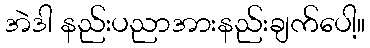
အဲဒါ နည်းပညာအားနည်းချက်ပေါ့။